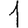
Digit: 1